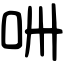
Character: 𠯢